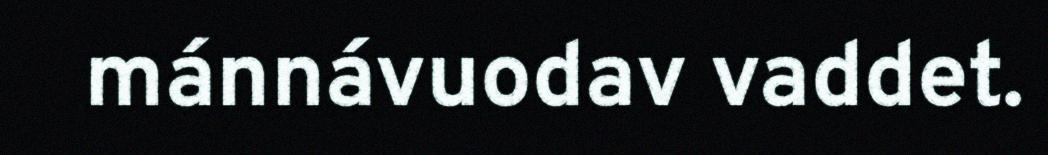
mánnávuodav vaddet.